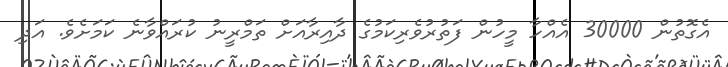
އެގޮތުން 30000 އެއްހާ މީހުން ފަތުރުވެރިކަމުގެ ދާއިރާއަށް ތަމްރީނު ކުރައްވާނެ ކަމަށެވެ. އަދި